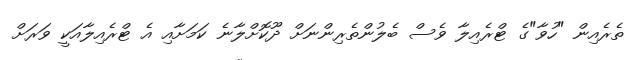
ތެރެއިން "ހުވާ"ގެ ޓްރެއިލާ ވެސް ބެލުންތެރިންނަށް ދޫކޮށްލާނެ ކަމަށާއި އެ ޓްރެއިލާއަކީ ވަރަށް